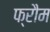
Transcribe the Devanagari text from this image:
फ्रौम